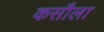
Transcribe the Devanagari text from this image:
कसौला